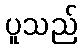
ပူသည်